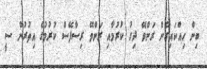
ބިން ހިއްކައިގެން ރަންވޭ ދިގު ކުރުމާއި ރަންވޭ ރިސާފޭސް ކުރުމުގެ އިތުރުން ސީ